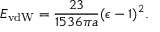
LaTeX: E _ { \mathrm { v d W } } = { \frac { 2 3 } { 1 5 3 6 \pi a } } ( \epsilon - 1 ) ^ { 2 } .